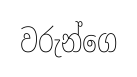
වරුන්ගෙ